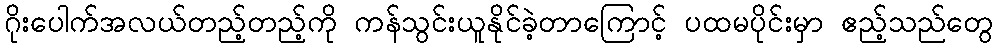
ဂိုးပေါက်အလယ်တည့်တည့်ကို ကန်သွင်းယူနိုင်ခဲ့တာကြောင့် ပထမပိုင်းမှာ ဧည့်သည်တွေ